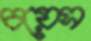
চয়েস